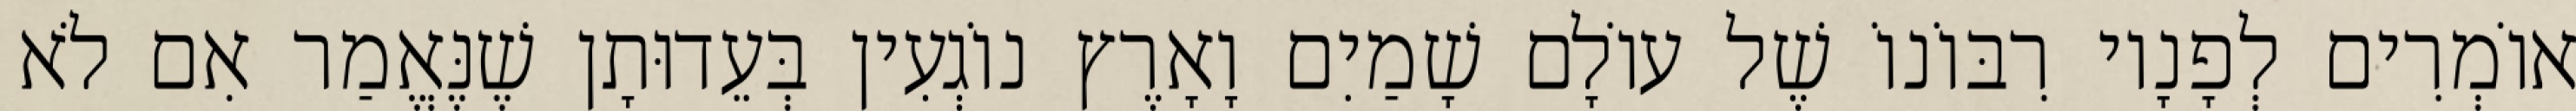
אוֹמְרִים לְפָנָיו רִבּוֹנוֹ שֶׁל עוֹלָם שָׁמַיִם וָאָרֶץ נוֹגְעִין בְּעֵדוּתָן שֶׁנֶּאֱמַר אִם לֹא